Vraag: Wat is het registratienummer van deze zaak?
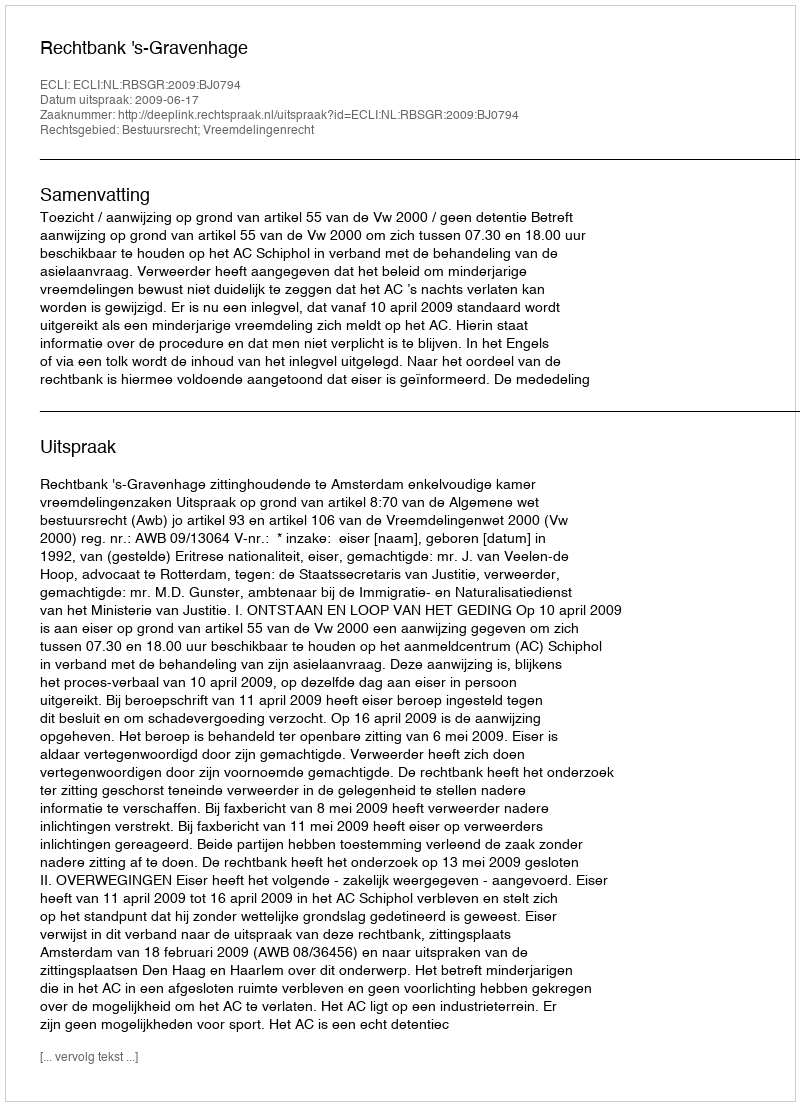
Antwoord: http://deeplink.rechtspraak.nl/uitspraak?id=ECLI:NL:RBSGR:2009:BJ0794